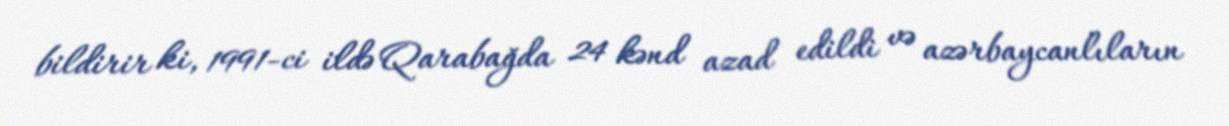
bildirir ki, 1991-ci ildə Qarabağda 24 kənd azad edildi və azərbaycanlıların